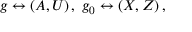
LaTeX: g \leftrightarrow ( A , U ) \, , \; g _ { 0 } \leftrightarrow ( X , Z ) \, ,